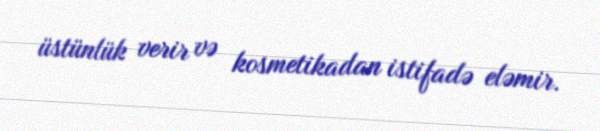
üstünlük verir və kosmetikadan istifadə eləmir.